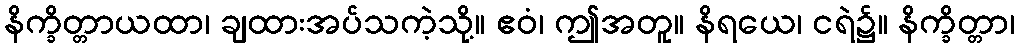
နိက္ခိတ္တာယထာ၊ ချထားအပ်သကဲ့သို့။ ဧဝံ၊ ဤအတူ။ နိရယေ၊ ငရဲ၌။ နိက္ခိတ္တာ၊